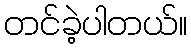
တင်ခဲ့ပါတယ်။